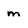
Character: m